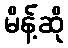
မိန့်ဆို